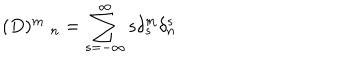
LaTeX: ( D ) _ { \quad n } ^ { m } = \sum _ { s = - \infty } ^ { \infty } s \delta _ { s } ^ { m } \delta _ { n } ^ { s }